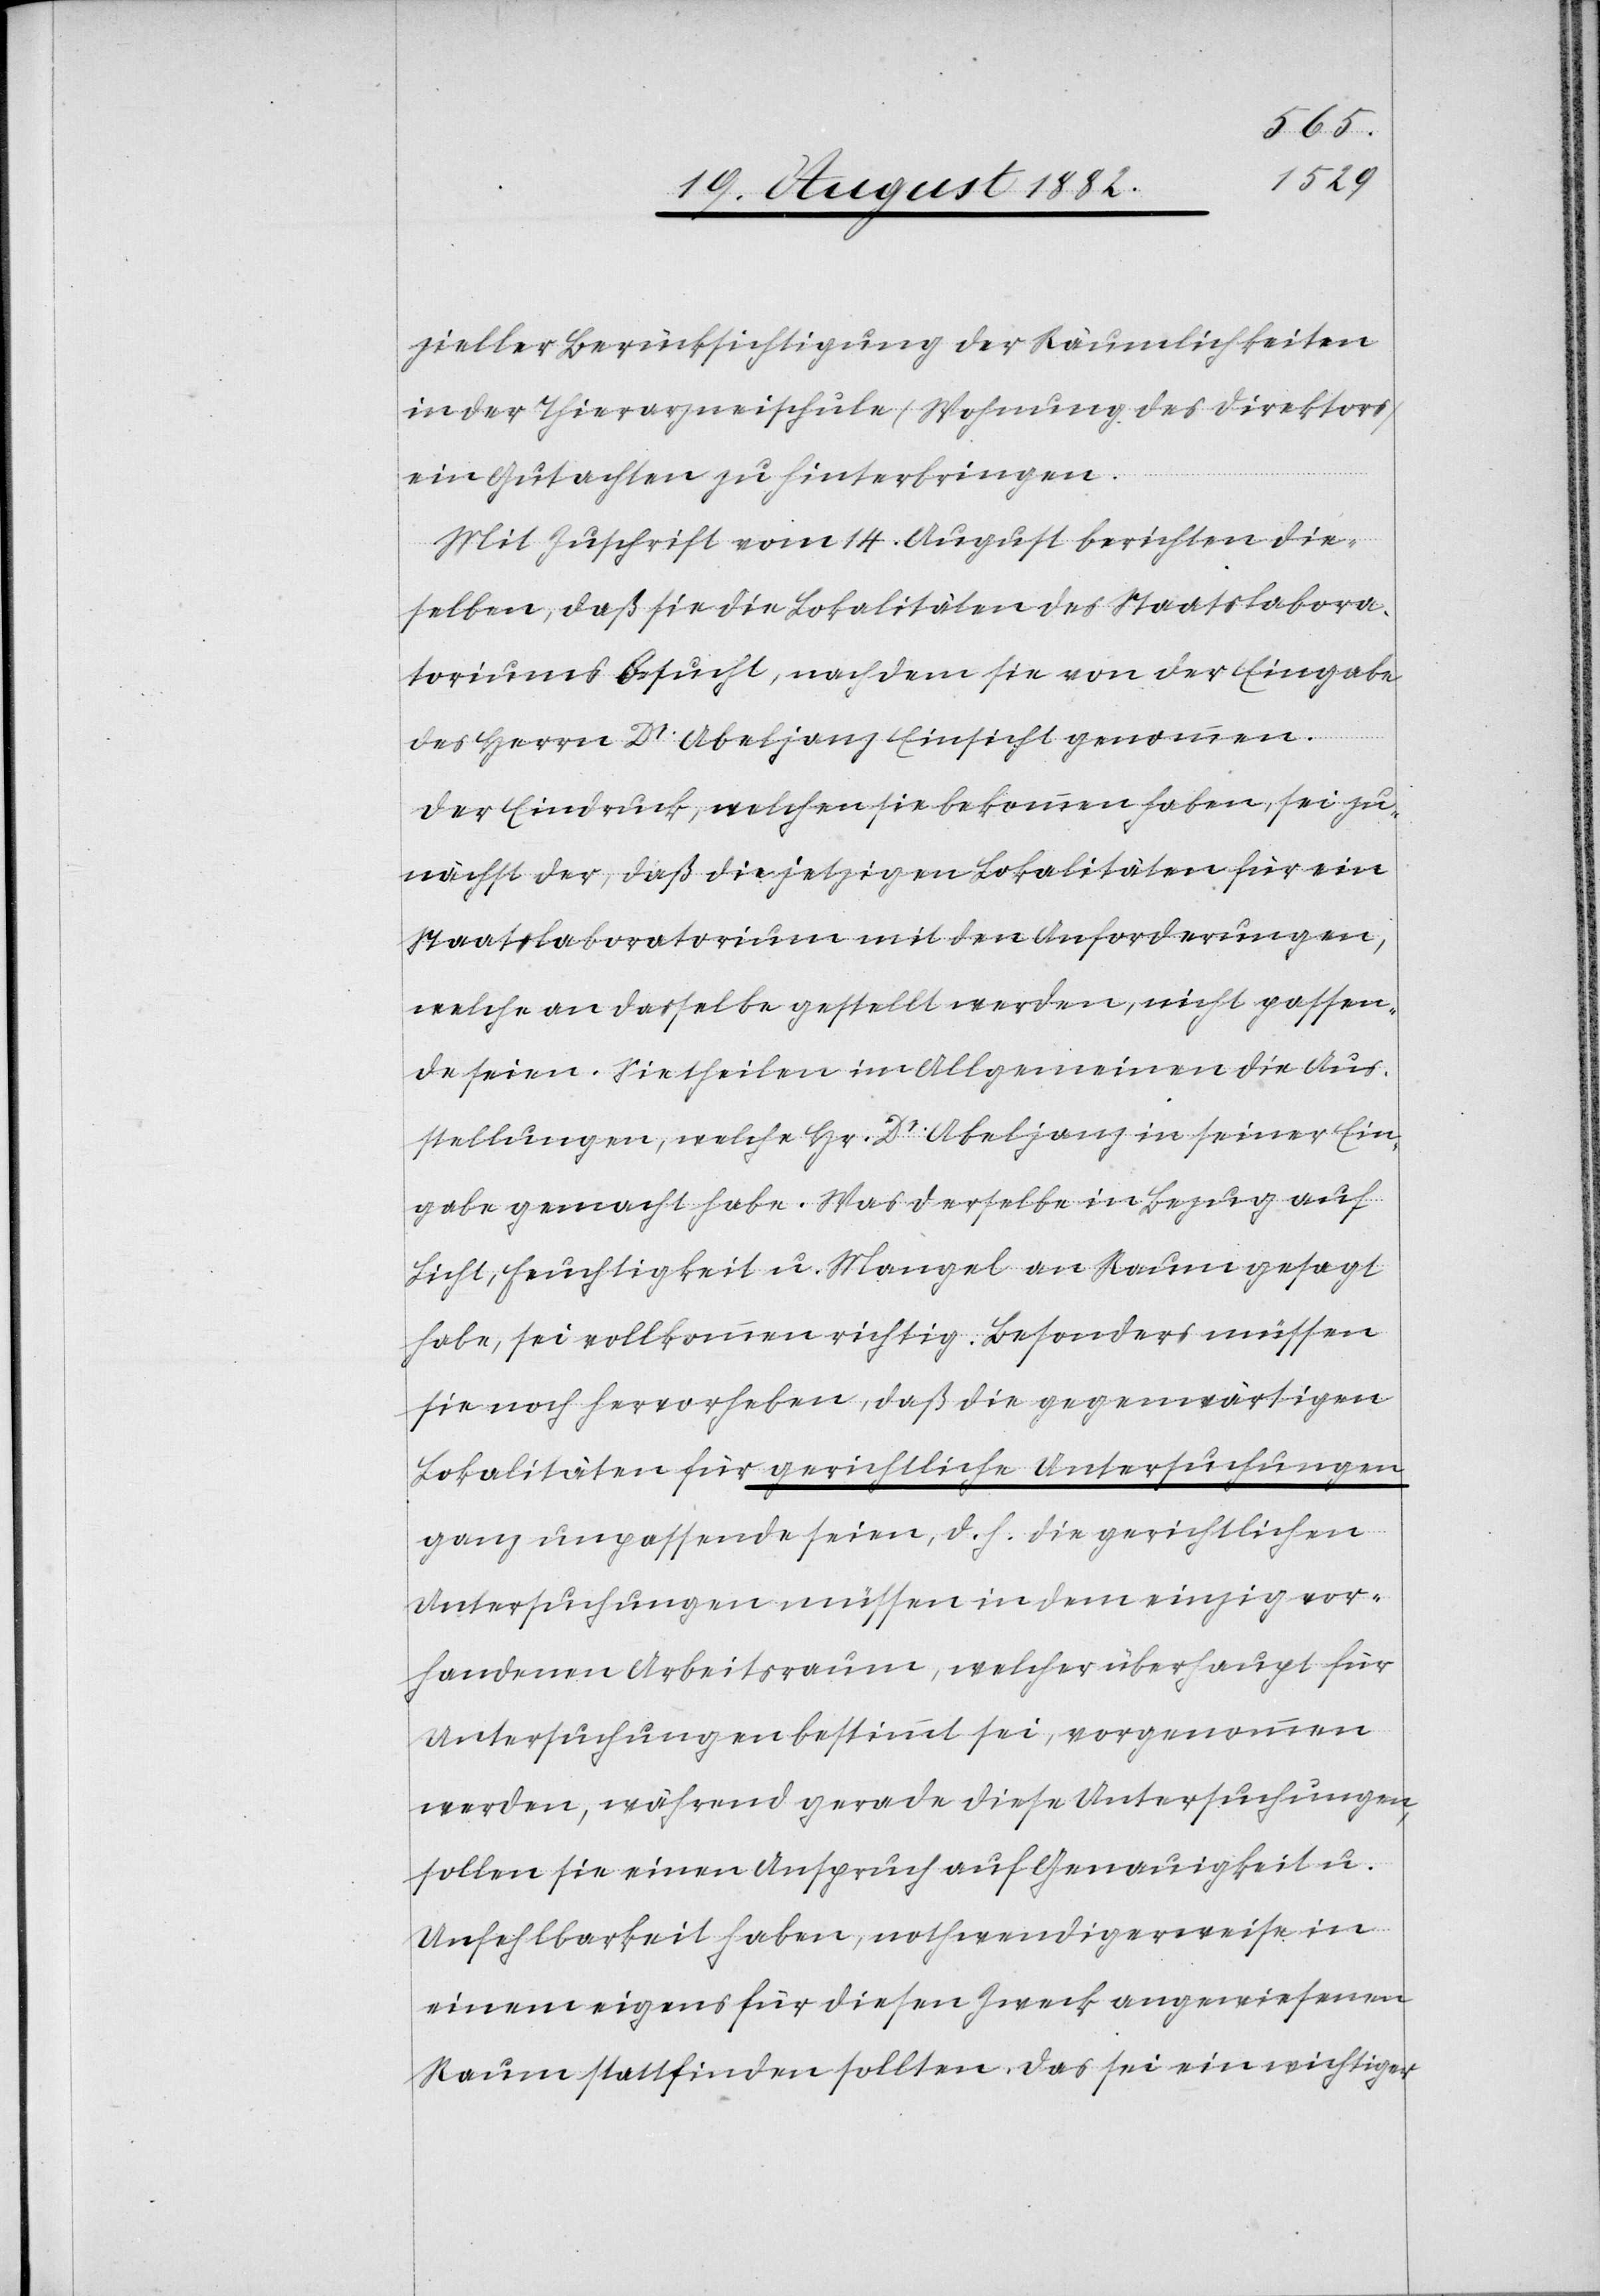
zieller Berücksichtigung der Räumlichkeiten
in der Thierarzneischule (Wohnung des Direktors)
ein Gutachten zu hinterbringen.
Mit Zuschrift vom 14. August berichteten die¬
selben, daß sie die Lokalitäten des Staatslabora¬
toriums besucht, nachdem sie von der Eingabe
des Herrn Dr Abeljanz Einsicht genommen.
Der Eindruck, welchen sie bekommen haben, sei zu¬
nächst der, daß die jetzigen Lokalitäten für ein
Staatslaboratorium mit den Anforderungen,
welche an dasselbe gestellt werden, nicht passen¬
de seien. Sie theilen im Allgemeinen die Aus¬
stellungen, welche Hr. Dr Abeljanz in seiner Ein¬
gabe gemacht habe. Was derselbe in Bezug auf
Licht, Feuchtigkeit u. Mangel an Raum gesagt
habe, sei vollkommen richtig. Besonders müssen
sie noch hervorheben, daß die gegenwärtigen
Lokalitäten für gerichtliche Untersuchungen
ganz unpassende seien, d. h. die gerichtlichen
Untersuchungen müssen in dem einzig vor¬
handenen Arbeitsraum, welcher überhaupt für
Untersuchungen bestimmt sei, vorgenommen
werden, während gerade diese Untersuchungen,
sollen sie einen Anspruch auf Genauigkeit u.
Unfehlbarkeit haben, nothwendigerweise in
einem eigens für diesen Zweck angewiesenen
Raum stattfinden sollten. Das sei ein wichtiger